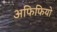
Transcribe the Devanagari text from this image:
अफिफियो